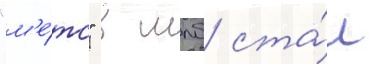
"м'е́тс" в млб ста́л